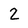
Character: 2